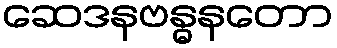
ဆေဒနဗန္ဓနတော